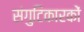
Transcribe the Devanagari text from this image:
संगुटिकारकों